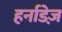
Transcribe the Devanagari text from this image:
हर्नाडेज़